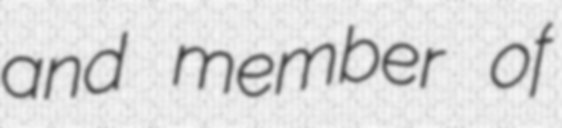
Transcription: and member of